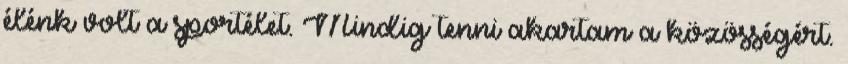
élénk volt a sportélet. Mindig tenni akartam a közösségért.